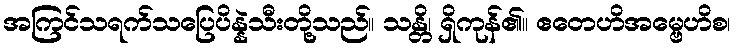
အကြင်သရက်သပြေပိန္နဲသီးတို့သည်။ သန္တိ၊ ရှိကုန်၏။ ဧတေဟိအမ္ဗေဟိစ၊